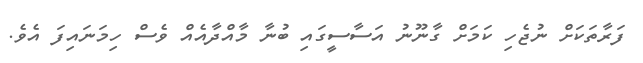
ފަރާތަކަށް ނުޖެހި ކަމަށް ގާނޫނު އަސާސީގައި ބުނާ މާއްދާއެއް ވެސް ހިމަނައިފަ އެވެ.